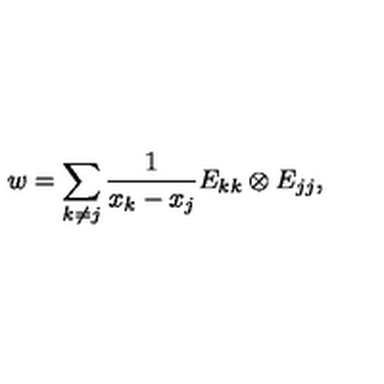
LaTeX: w = \sum _ { k \neq j } \frac { 1 } { x _ { k } - x _ { j } } E _ { k k } \otimes E _ { j j } ,